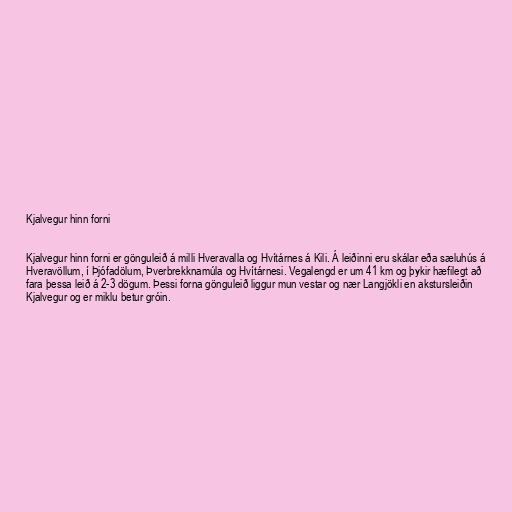
Kjalvegur hinn forni

Kjalvegur hinn forni er gönguleið á milli Hveravalla og Hvítárnes á Kili. Á leiðinni eru skálar eða sæluhús á
Hveravöllum, í Þjófadölum, Þverbrekknamúla og Hvítárnesi. Vegalengd er um 41 km og þykir hæfilegt að
fara þessa leið á 2-3 dögum. Þessi forna gönguleið liggur mun vestar og nær Langjökli en akstursleiðin
Kjalvegur og er miklu betur gróin.